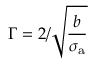
\Gamma = 2 / \sqrt { \frac { b } { \sigma _ { \mathrm { a } } } }